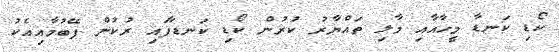
ކޯޑި ކަނޑާ މީހާއާއި މާލި ތައްޔާރު ކުރުން ކޯޑި ކަނޑާފައި ރުކުން ފޭބުމާއިއެކު